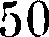
50